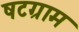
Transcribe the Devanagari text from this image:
षटग्राम